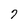
Character: 7